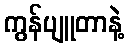
ကွန်ပျူတာနဲ့